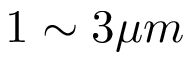
1 \sim 3 \mu m